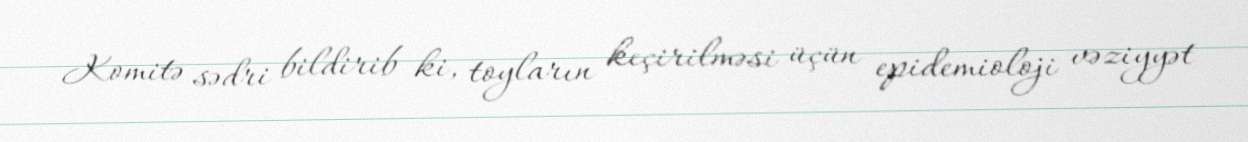
Komitə sədri bildirib ki, toyların keçirilməsi üçün epidemioloji vəziyyət